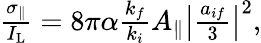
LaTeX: \begin{array}{r}{\frac{\sigma_{\parallel}}{I_{\mathrm{L}}}=8\pi\alpha\frac{k_{f}}{k_{i}}A_{\parallel}\left\vert\frac{a_{if}}{3}\right\vert^{2},}\end{array}